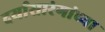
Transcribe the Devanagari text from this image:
दर्यासारंगांच्या